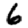
Digit: 6